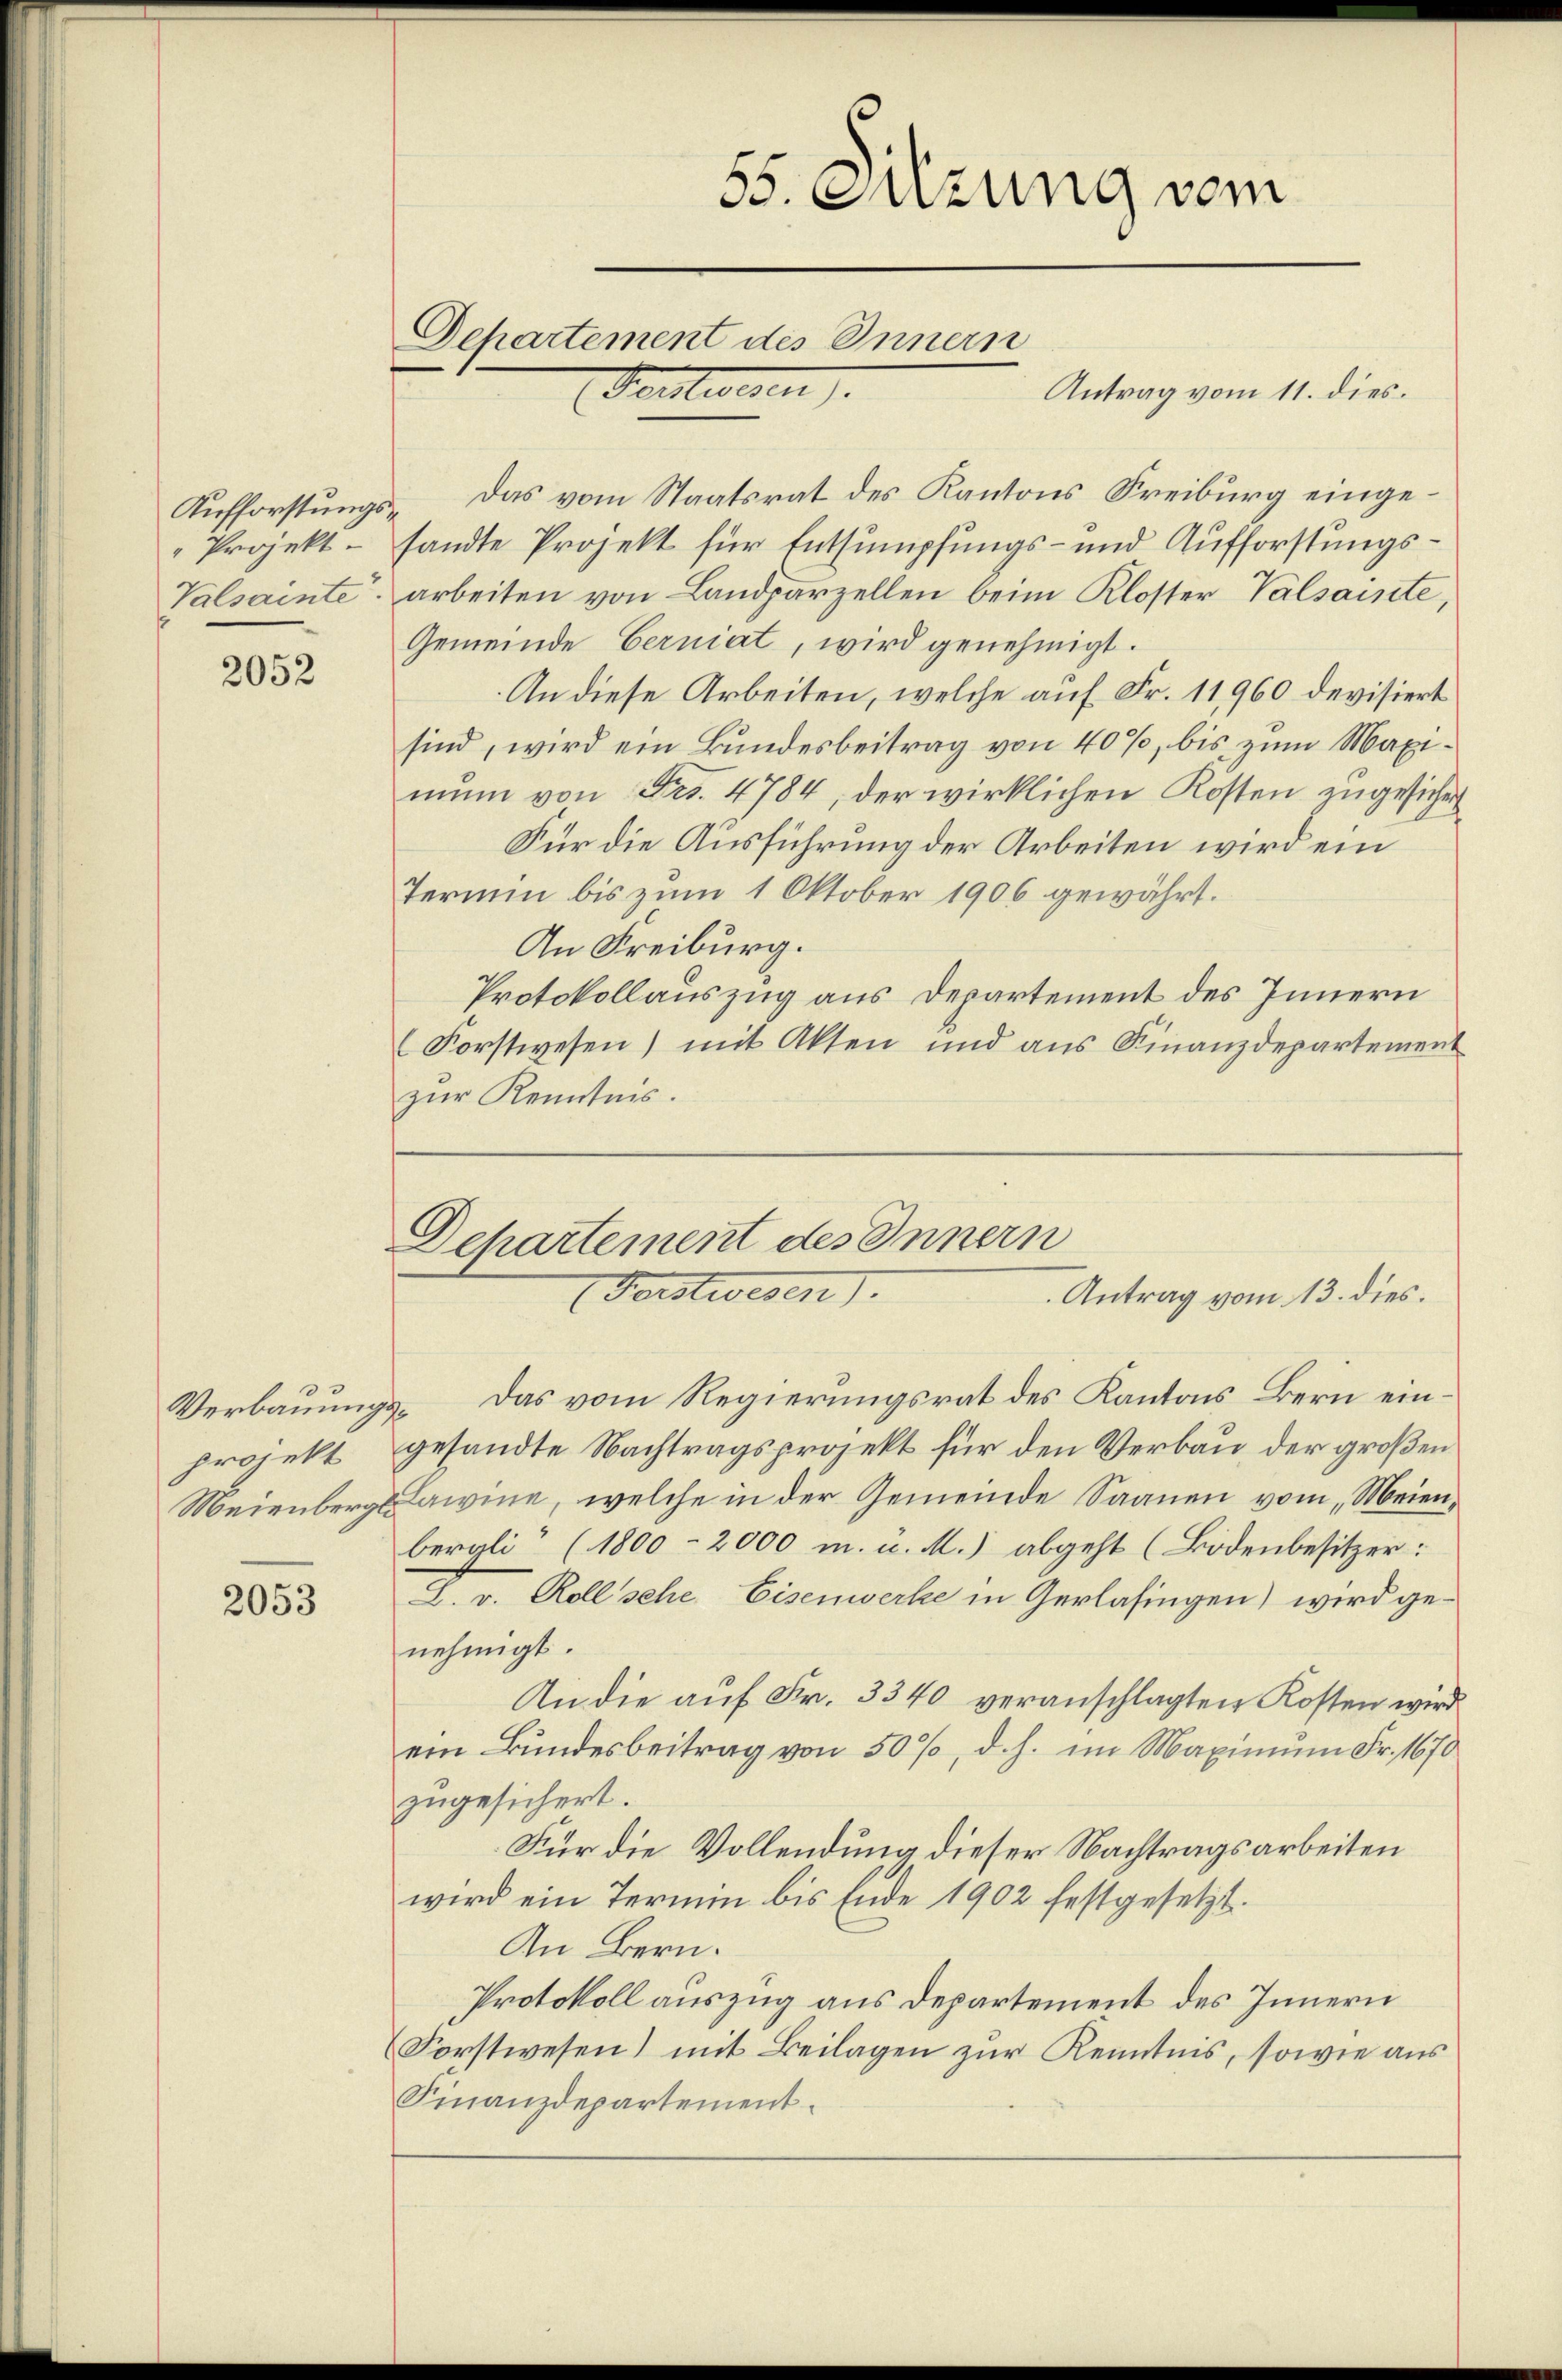
Projekt

2052

2053

Departement des Innern
Fenstwesen.

Antrag vom 11. dies
Aufforstŭngs- das vom Staatsrat des Kantons Freiburg eingesandte Projekt für Entsumpfungs- und Aufforstungs¬
Valsainte arbeiten von Landparzellen beim Kloster Valsainte,
Gemeinde Gerniat, wird genehmigt.
An diese Arbeiten, welche auf Fr. 11,960 devisiert
sind, wird ein Bundesbeitrag von 40%, bis zum Maximŭn von Frs. 4784, der wirklichen Kosten zugesichert
Für die Ausführung der Arbeiten wird ein
Termin bis zum 1 Oktober 1906 gewährt.
An Freiburg.
Protokollauszug aus Departement des Innern
Forstwesen) mit Akten und aus Finanzdepartement
zur Kenntnis.

55. Sitzung vom

Departement des Innern
Forstwesen).
Antrag vom 13. dies.

Verbauungs- das vom Regierungsrat des Kantons Bern einprojekt gesandte Nachtragsprojekt für den Verbau, der großen
Meienberg Lawine, welche in der Gemeinde Saanen vom Meienbergli“ (1800-2000 m. u. M.) abgeht (Bodenbesitzer:
L. v. Roll sehe Eisenwerke in Gerlasingen) wird genehmigt.
An die auf Fr. 3340 veranschlagten Kosten wird
ein Bundesbeitrag von 50%, d. h. im Maximum Fr. 1670
zugesichert.
Für die Vollendung dieser Nachtragsarbeiten
wird ein Termin bis Ende 1902 festgesetzt.
An Bern.
Protokoll auszug aus Departement des Innern
Forstwesen) mit Beilagen zur Kenntnis, sowie aus
Finanzdepartement.